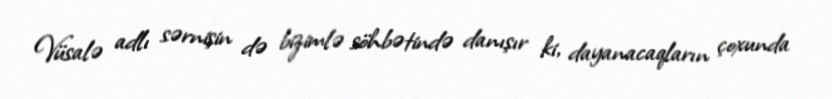
Vüsalə adlı sərnişin də bizimlə söhbətində danışır ki, dayanacaqların çoxunda